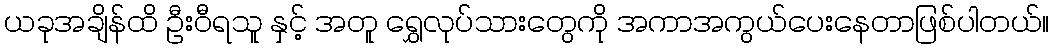
ယခုအချိန်ထိ ဦးဝီရသူ နှင့် အတူ ရွှေလုပ်သားတွေကို အကာအကွယ်ပေးနေတာဖြစ်ပါတယ်။